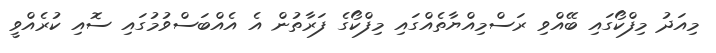
މިއަދު މިފްކޯގައި ބޭއްވި ރަސްމިއްޔާތެއްގައި މިފްކޯގެ ފަރާތުން އެ އެއްބަސްވުމުގައި ސޮއި ކުރެއްވީ